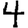
Digit: 4